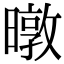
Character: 暾